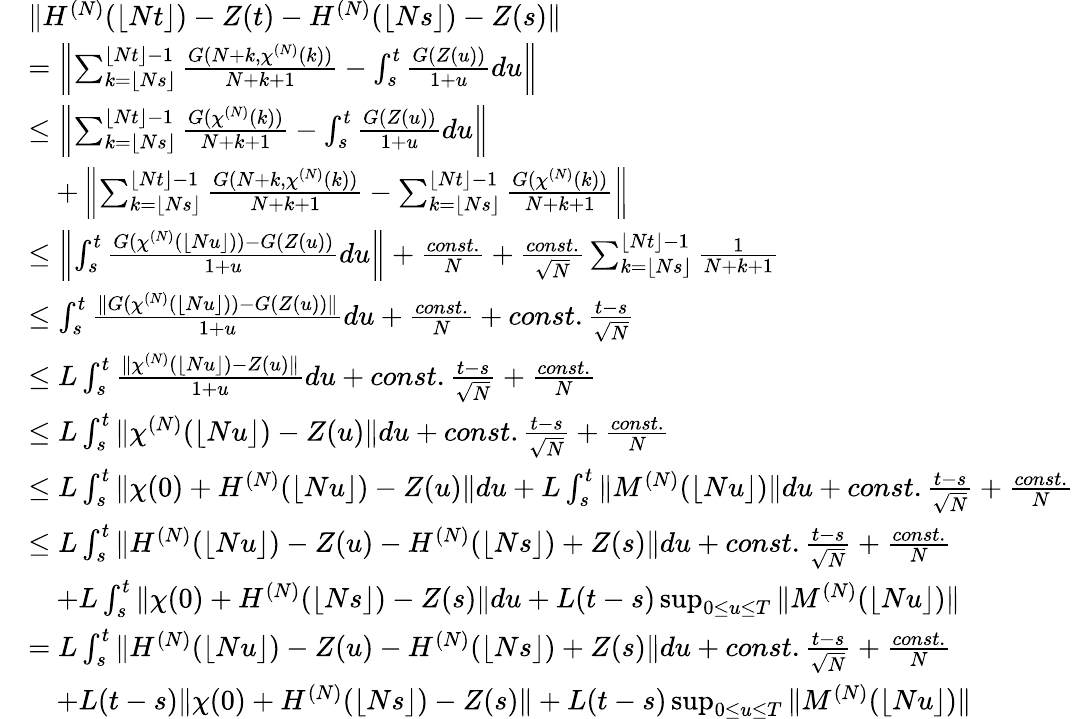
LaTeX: \begin{array}{rl}&{\| H^{(N)}(\lfloor Nt\rfloor)-Z(t)-H^{(N)}(\lfloor Ns\rfloor)-Z(s)\| }\\ &{=\left\| \sum_{k=\lfloor Ns\rfloor}^{\lfloor Nt\rfloor-1}\frac{G(N+k,\chi^{(N)}(k))}{N+k+1}-\int_{s}^{t}\frac{G(Z(u))}{1+u}du\right\| }\\ &{\le\left\| \sum_{k=\lfloor Ns\rfloor}^{\lfloor Nt\rfloor-1}\frac{G(\chi^{(N)}(k))}{N+k+1}-\int_{s}^{t}\frac{G(Z(u))}{1+u}du\right\| }\\ &{\quad+\left\| \sum_{k=\lfloor Ns\rfloor}^{\lfloor Nt\rfloor-1}\frac{G(N+k,\chi^{(N)}(k))}{N+k+1}-\sum_{k=\lfloor Ns\rfloor}^{\lfloor Nt\rfloor-1}\frac{G(\chi^{(N)}(k))}{N+k+1}\right\| }\\ &{\le\left\| \int_{s}^{t}\frac{G(\chi^{(N)}(\lfloor Nu\rfloor))-G(Z(u))}{1+u}du\right\| +\frac{const.}{N}+\frac{const.}{\sqrt{N}}\sum_{k=\lfloor Ns\rfloor}^{\lfloor Nt\rfloor-1}\frac{1}{N+k+1}}\\ &{\le\int_{s}^{t}\frac{\| G(\chi^{(N)}(\lfloor Nu\rfloor))-G(Z(u))\| }{1+u}du+\frac{const.}{N}+const.\frac{t-s}{\sqrt{N}}}\\ &{\le L\int_{s}^{t}\frac{\| \chi^{(N)}(\lfloor Nu\rfloor)-Z(u)\| }{1+u}du+const.\frac{t-s}{\sqrt{N}}+\frac{const.}{N}}\\ &{\le L\int_{s}^{t}\| \chi^{(N)}(\lfloor Nu\rfloor)-Z(u)\| du+const.\frac{t-s}{\sqrt{N}}+\frac{const.}{N}}\\ &{\le L\int_{s}^{t}\| \chi(0)+H^{(N)}(\lfloor Nu\rfloor)-Z(u)\| du+L\int_{s}^{t}\| M^{(N)}(\lfloor Nu\rfloor)\| du+const.\frac{t-s}{\sqrt{N}}+\frac{const.}{N}}\\ &{\le L\int_{s}^{t}\| H^{(N)}(\lfloor Nu\rfloor)-Z(u)-H^{(N)}(\lfloor Ns\rfloor)+Z(s)\| du+const.\frac{t-s}{\sqrt{N}}+\frac{const.}{N}}\\ &{\quad+L\int_{s}^{t}\| \chi(0)+H^{(N)}(\lfloor Ns\rfloor)-Z(s)\| du+L(t-s)\operatorname*{sup}_{0\le u\le T}\| M^{(N)}(\lfloor Nu\rfloor)\| }\\ &{=L\int_{s}^{t}\| H^{(N)}(\lfloor Nu\rfloor)-Z(u)-H^{(N)}(\lfloor Ns\rfloor)+Z(s)\| du+const.\frac{t-s}{\sqrt{N}}+\frac{const.}{N}}\\ &{\quad+L(t-s)\| \chi(0)+H^{(N)}(\lfloor Ns\rfloor)-Z(s)\| +L(t-s)\operatorname*{sup}_{0\le u\le T}\| M^{(N)}(\lfloor Nu\rfloor)\| }\end{array}